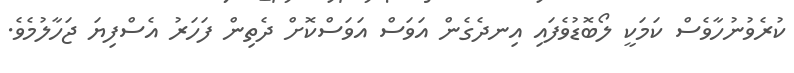
ކުރެވުނުހާވެސް ކަމަކީ ލޯބޮޑުވެފައި އިނދެގެން އަވަސް އަވަސްކޮށް ދެތިން ފަހަރު އެސްފިޔަ ޖަހާލުމެވެ.